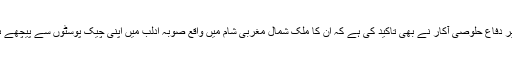
درایں اثنا ترکی کے وزیر دفاع حلوصی آکار نے بھی تاکید کی ہے کہ ان کا ملک شمال مغربی شام میں واقع صوبہ ادلب میں اپنی چیک پوسٹوں سے پیچھے ہٹنے کا ارادہ نہیں رکھتا۔